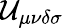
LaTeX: \mathcal{U}_{\mu\nu\delta\sigma}